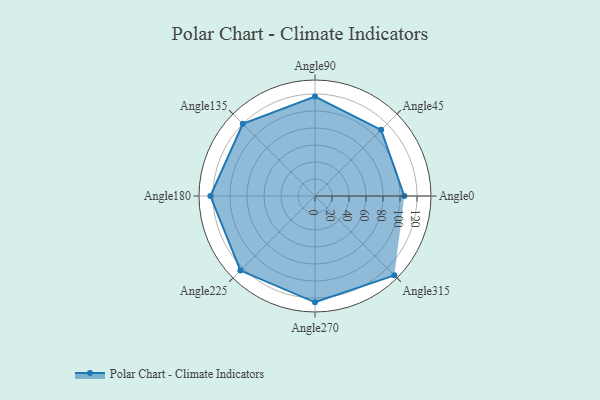
{"axis": {"x": "Angle", "y": "Radius"}, "legend": [""], "data": [{"x": "Angle0", "y": 105.0, "type": ""}, {"x": "Angle45", "y": 110.0, "type": ""}, {"x": "Angle90", "y": 117.0, "type": ""}, {"x": "Angle135", "y": 120.0, "type": ""}, {"x": "Angle180", "y": 123.0, "type": ""}, {"x": "Angle225", "y": 124.0, "type": ""}, {"x": "Angle270", "y": 125.0, "type": ""}, {"x": "Angle315", "y": 132.0, "type": ""}]}